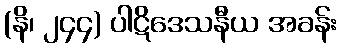
(နိ၊ ၂၄၄) ပါဋိဒေသနီယ အခန်း